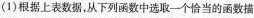
根据上表数据，从下列函数中选取一个恰当的函数